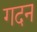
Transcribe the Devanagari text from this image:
गदन